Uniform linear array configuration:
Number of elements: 32
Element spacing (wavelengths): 0.75
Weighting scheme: hamming
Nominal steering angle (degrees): -15
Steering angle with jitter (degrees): -14.047
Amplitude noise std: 0.05
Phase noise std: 0.05

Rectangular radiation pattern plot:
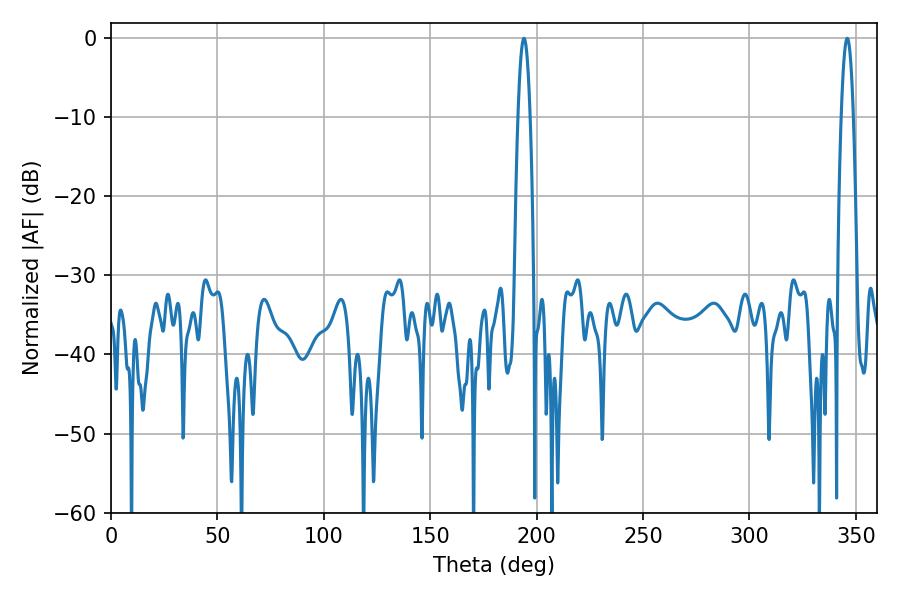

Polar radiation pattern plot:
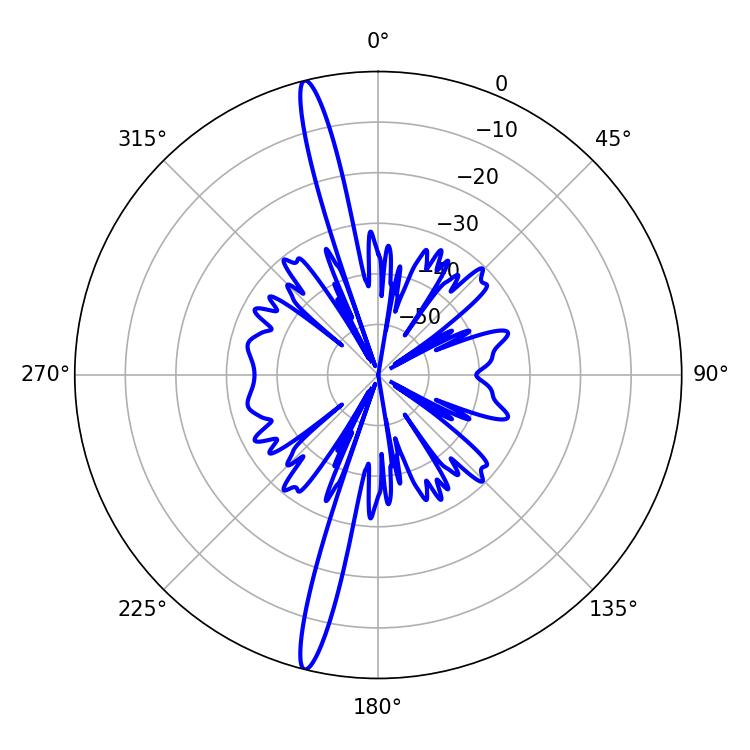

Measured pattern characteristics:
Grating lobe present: TRUE
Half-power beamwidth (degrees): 3.06
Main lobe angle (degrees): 194.04